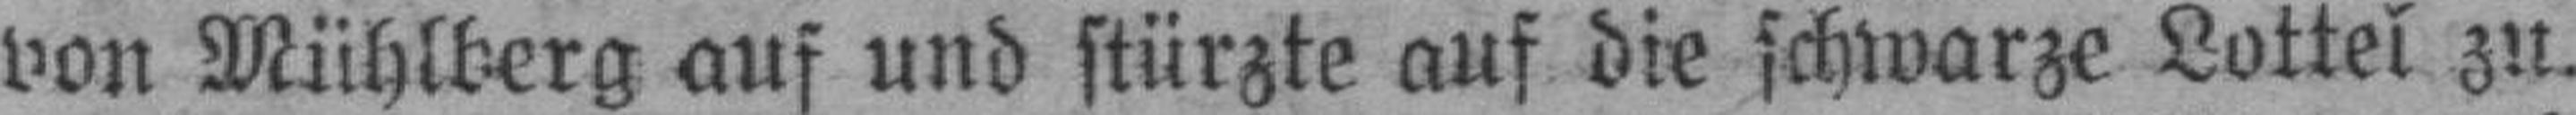
von Mühlberg auf und stürzte auf die schwarze Lottel zu.